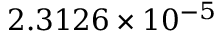
2 . 3 1 2 6 \times 1 0 ^ { - 5 }